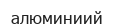
алюминиий